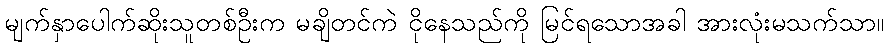
မျက်နှာပေါက်ဆိုးသူတစ်ဦးက မချိတင်ကဲ ငိုနေသည်ကို မြင်ရသောအခါ အားလုံးမသက်သာ။